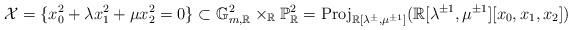
\begin{align*}\mathcal{X}=\{x_{0}^{2}+\lambda x_{1}^{2}+\mu x_{2}^{2}=0\}\subset\mathbb{G}_{m,\mathbb{R}}^{2}\times_{\mathbb{R}}\mathbb{P}_{\mathbb{R}}^{2}=\mathrm{Proj}_{\mathbb{R}[\lambda^{\pm},\mu^{\pm1}]}(\mathbb{R}[\lambda^{\pm1},\mu^{\pm1}][x_{0},x_{1},x_{2}])\end{align*}